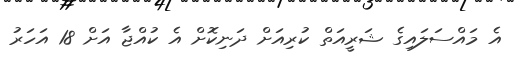
އެ މައްސަލައިގެ ޝަރީއަތް ކުރިއަށް ދަނިކޮށް އެ ކުއްޖާ އަށް 18 އަހަރު